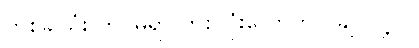
တစ်ခါသုံး ကင်မရာ တစ်လုံးလောက်လိုချင်လို့ပါ။